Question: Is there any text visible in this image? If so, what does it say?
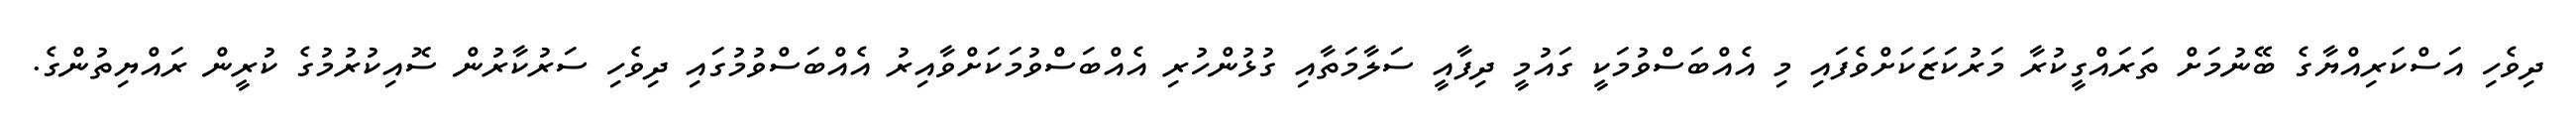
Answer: ދިވެހި އަސްކަރިއްޔާގެ ބޭނުމަށް ތަރައްގީކުރާ މަރުކަޒަކަށްވެފައި މި އެއްބަސްވުމަކީ ގައުމީ ދިފާއީ ސަލާމަތާއި ގުޅުންހުރި އެއްބަސްވުމަކަށްވާއިރު އެއްބަސްވުމުގައި ދިވެހި ސަރުކާރުން ސޮއިކުރުމުގެ ކުރީން ރައްޔިތުންގެ.